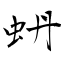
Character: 蚒